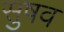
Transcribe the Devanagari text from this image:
सुषव